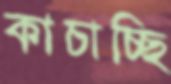
কাচাচ্ছি